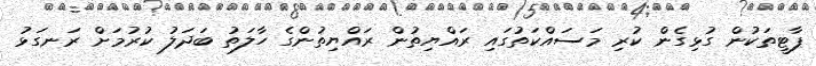
ޕާޓީތަކުން ގުޅިގެން ކުރި މަސައްކަތުގައި ރައްޔިތުން ރައްޔިތުންގެ ހާލަތު ބަދަލު ކުރުމަށް ރަނގަޅު